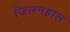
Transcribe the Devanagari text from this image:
जिलनहाल